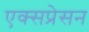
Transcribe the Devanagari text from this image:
एक्सप्रेसन